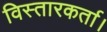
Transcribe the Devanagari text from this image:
विस्तारकर्ता।